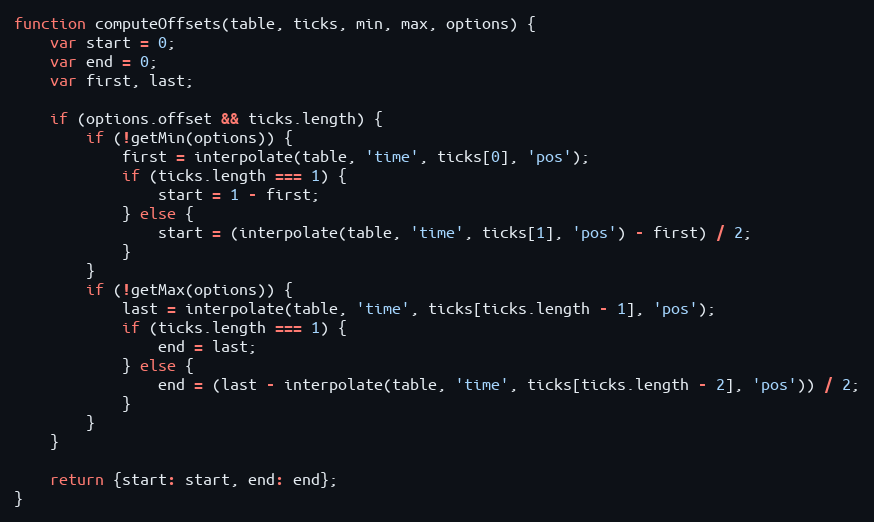
Language: JavaScript
function computeOffsets(table, ticks, min, max, options) {
	var start = 0;
	var end = 0;
	var first, last;

	if (options.offset && ticks.length) {
		if (!getMin(options)) {
			first = interpolate(table, 'time', ticks[0], 'pos');
			if (ticks.length === 1) {
				start = 1 - first;
			} else {
				start = (interpolate(table, 'time', ticks[1], 'pos') - first) / 2;
			}
		}
		if (!getMax(options)) {
			last = interpolate(table, 'time', ticks[ticks.length - 1], 'pos');
			if (ticks.length === 1) {
				end = last;
			} else {
				end = (last - interpolate(table, 'time', ticks[ticks.length - 2], 'pos')) / 2;
			}
		}
	}

	return {start: start, end: end};
}